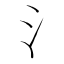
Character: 氵